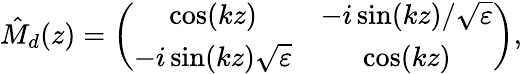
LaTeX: \hat{M}_{d}(z)=\left(\begin{array}{cc}{\cos(kz)}&{-i\sin(kz)/\sqrt{\varepsilon}}\\ {-i\sin(kz)\sqrt{\varepsilon}}&{\cos(kz)}\end{array}\right),